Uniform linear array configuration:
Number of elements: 32
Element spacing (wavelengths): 0.25
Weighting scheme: binomial
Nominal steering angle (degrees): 0
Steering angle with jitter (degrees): -0.7092
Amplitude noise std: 0.05
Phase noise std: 0.05

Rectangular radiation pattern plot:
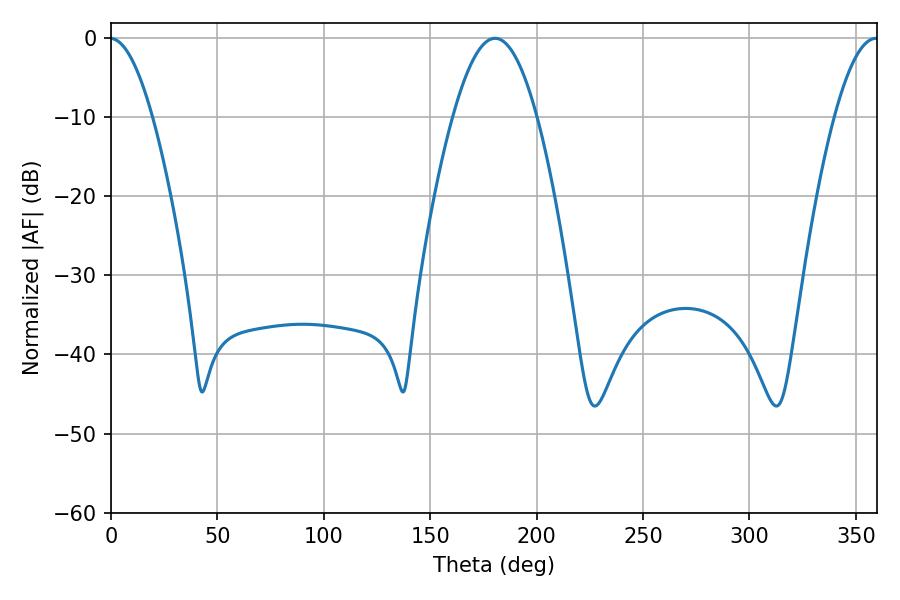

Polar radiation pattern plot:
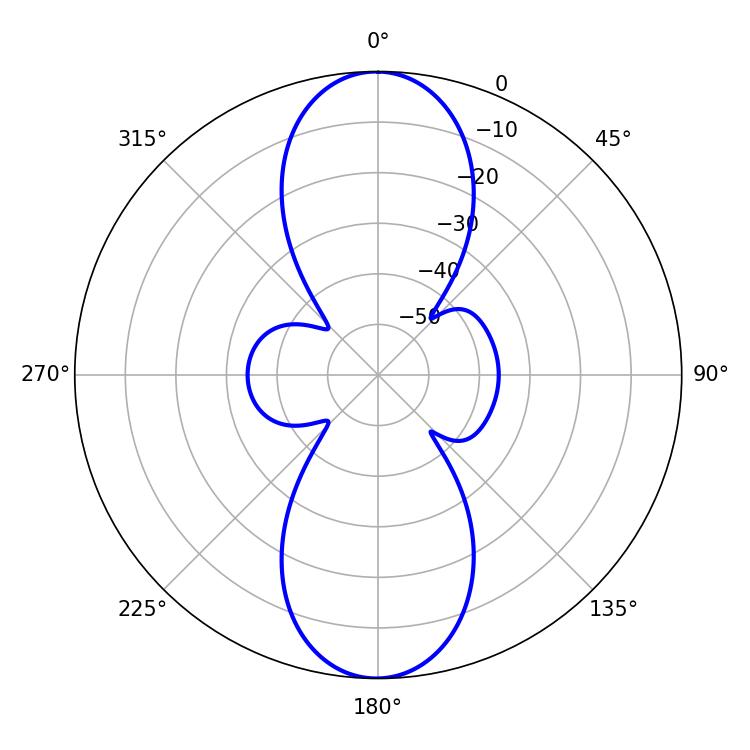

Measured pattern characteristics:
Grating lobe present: FALSE
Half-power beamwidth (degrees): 21.42
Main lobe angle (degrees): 180.54